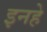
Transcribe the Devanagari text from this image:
इनहे